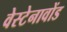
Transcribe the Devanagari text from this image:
वेस्टेनावोंड